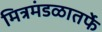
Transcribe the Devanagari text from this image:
मित्रमंडळातर्फे